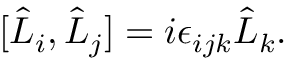
[ \hat { L } _ { i } , \hat { L } _ { j } ] = i \epsilon _ { i j k } \hat { L } _ { k } .